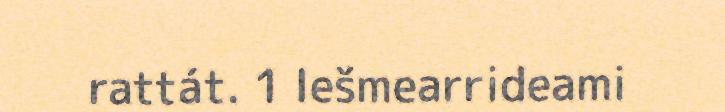
rattát. 1 Iešmearrideami